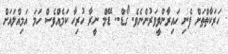
ހަރަކާތްތަށް ފެނި ހައިރާންވީވަރުންނެވެ. ގޯޑް.. ޑޭމް ނީރާ ހުރިހާ ކަމެއްވެސް ހަމަ އަމިއްލައަށް